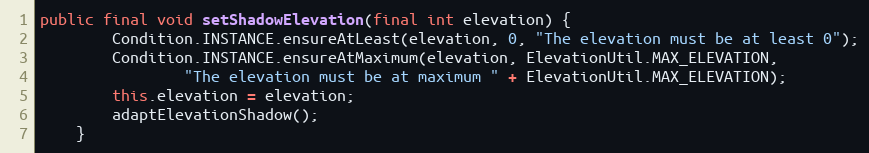
Language: Java
public final void setShadowElevation(final int elevation) {
        Condition.INSTANCE.ensureAtLeast(elevation, 0, "The elevation must be at least 0");
        Condition.INSTANCE.ensureAtMaximum(elevation, ElevationUtil.MAX_ELEVATION,
                "The elevation must be at maximum " + ElevationUtil.MAX_ELEVATION);
        this.elevation = elevation;
        adaptElevationShadow();
    }